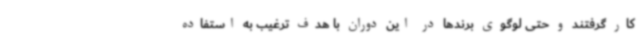
کار گرفتند و حتی لوگوی برندها در این دوران با هدف ترغیب به استفاده